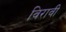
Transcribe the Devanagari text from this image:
विरावी